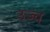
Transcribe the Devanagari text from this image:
उज्च